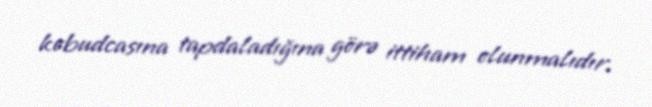
kobudcasına tapdaladığına görə ittiham olunmalıdır.